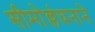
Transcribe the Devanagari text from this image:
सीमोल्लंघनाने